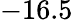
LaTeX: -16.5